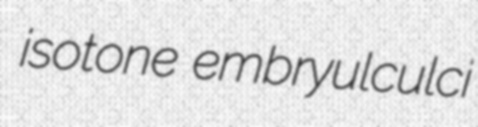
isotone embryulculci